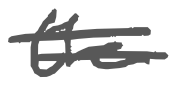
Text: the
Cross-out: mix
Writing tool: digital_gray